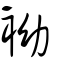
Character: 袎